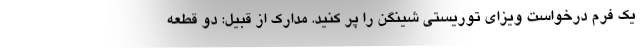
یک فرم درخواست ویزای توریستی شینگن را پر کنید. مدارک از قبیل: دو قطعه